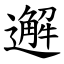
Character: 邂